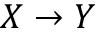
X \to Y